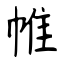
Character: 帷